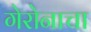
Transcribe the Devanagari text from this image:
गेरोनाचा